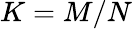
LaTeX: K=M/N